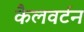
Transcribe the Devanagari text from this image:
कैलवर्टन